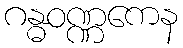
ဂန္ဓဝဏ္ဏကေန